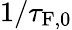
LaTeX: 1/\tau_{\mathrm{F,0}}